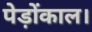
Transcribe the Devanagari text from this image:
पेड़ोंकाल।